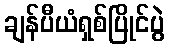
ချန်ပီယံရှစ်ပြိုင်ပွဲ